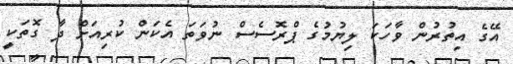
އޭގެ އިތުރުން ވާހަކަ ލިޔުމުގެ ޕްރޮސެސް ނުވަތަ އެކަން ކުރިއަށް ދާ ގޮތަކީ